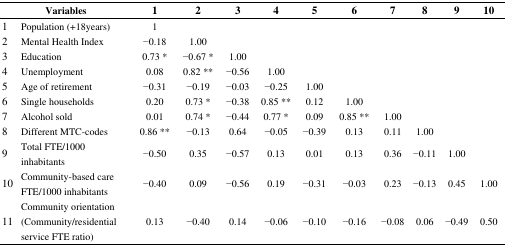
<table><thead><tr><td colspan="2"><b>Variables</b></td><td><b>1</b></td><td><b>2</b></td><td><b>3</b></td><td><b>4</b></td><td><b>5</b></td><td><b>6</b></td><td><b>7</b></td><td><b>8</b></td><td><b>9</b></td><td><b>10</b></td></tr></thead><tbody><tr><td>1</td><td>Population (+18years)</td><td>1</td><td></td><td></td><td></td><td></td><td></td><td></td><td></td><td></td><td></td></tr><tr><td>2</td><td>Mental Health Index </td><td>−0.18</td><td>1.00</td><td></td><td></td><td></td><td></td><td></td><td></td><td></td><td></td></tr><tr><td>3</td><td>Education</td><td>0.73 *</td><td>−0.67 *</td><td>1.00</td><td></td><td></td><td></td><td></td><td></td><td></td><td></td></tr><tr><td>4</td><td>Unemployment</td><td>0.08</td><td>0.82 **</td><td>−0.56</td><td>1.00</td><td></td><td></td><td></td><td></td><td></td><td></td></tr><tr><td>5</td><td>Age of retirement</td><td>−0.31</td><td>−0.19</td><td>−0.03</td><td>−0.25</td><td>1.00</td><td></td><td></td><td></td><td></td><td></td></tr><tr><td>6</td><td>Single households</td><td>0.20</td><td>0.73 *</td><td>−0.38</td><td>0.85 **</td><td>0.12</td><td>1.00</td><td></td><td></td><td></td><td></td></tr><tr><td>7</td><td>Alcohol sold</td><td>0.01</td><td>0.74 *</td><td>−0.44</td><td>0.77 *</td><td>0.09</td><td>0.85 **</td><td>1.00</td><td></td><td></td><td></td></tr><tr><td>8</td><td>Different MTC-codes</td><td>0.86 **</td><td>−0.13</td><td>0.64</td><td>−0.05</td><td>−0.39</td><td>0.13</td><td>0.11</td><td>1.00</td><td></td><td></td></tr><tr><td>9</td><td>Total FTE/1000 inhabitants</td><td>−0.50</td><td>0.35</td><td>−0.57</td><td>0.13</td><td>0.01</td><td>0.13</td><td>0.36</td><td>−0.11</td><td>1.00</td><td></td></tr><tr><td>10</td><td>Community-based care FTE/1000 inhabitants</td><td>−0.40</td><td>0.09</td><td>−0.56</td><td>0.19</td><td>−0.31</td><td>−0.03</td><td>0.23</td><td>−0.13</td><td>0.45</td><td>1.00</td></tr><tr><td>11</td><td>Community orientation (Community/residential service FTE ratio)</td><td>0.13</td><td>−0.40</td><td>0.14</td><td>−0.06</td><td>−0.10</td><td>−0.16</td><td>−0.08</td><td>0.06</td><td>−0.49</td><td>0.50</td></tr></tbody></table>